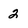
Character: 2